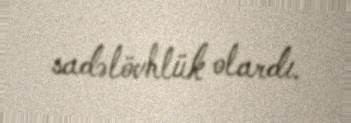
sadəlövhlük olardı.